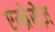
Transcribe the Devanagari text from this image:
एम्ब्रेसेज़